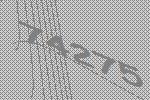
74275